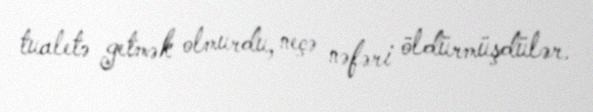
tualetə getmək olmurdu, neçə nəfəri öldürmüşdülər.